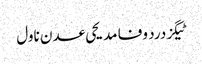
ٹیگزدرد وفا مدیحی عدن ناول